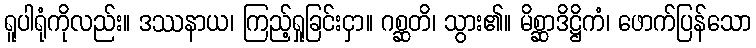
ရူပါရုံကိုလည်း။ ဒဿနာယ၊ ကြည့်ရှုခြင်းငှာ။ ဂစ္ဆတိ၊ သွား၏။ မိစ္ဆာဒိဋ္ဌိကံ၊ ဖောက်ပြန်သော